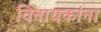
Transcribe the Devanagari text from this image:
विनायकांना